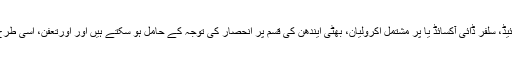
فضائ آلودگی: یہ ویب سائٹ خاک میں ہوا، کاربن مونوآکسائڈ، کاربن ڈائی آکسائیڈ، سلفر ڈائی آکسائڈ یا پر مشتمل اکرولیان، بھٹی ایندھن کی قسم پر انحصار کی توجہ کے حامل ہو سکتے ہیں اور اورتعفن، اسی طرح دہن کی کارکردگی میں اضافہ، ایرفلو اور وینٹیلیشن کی شرائط پر مشتمل ہے ۔